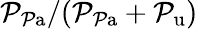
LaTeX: \mathcal{P}_{\mathrm{{\mathcal{P}a}}}/(\mathcal{P}_{\mathrm{{\mathcal{P}a}}}+\mathcal{P}_{\mathrm{{u}}})